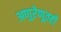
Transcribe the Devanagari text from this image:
अणुरेणूतही